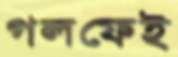
গলফেই